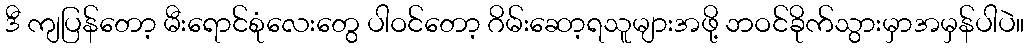
ဒီ ကျပြန်တော့ မီးရောင်စုံလေးတွေ ပါဝင်တော့ ဂိမ်းဆော့ရသူများအဖို့ ဘဝင်ခိုက်သွားမှာအမှန်ပါပဲ။